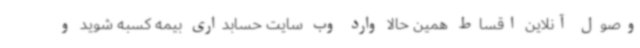
وصول آنلاین اقساط همین حالا وارد وب سایت حسابداری بیمه کسبه شوید و